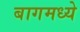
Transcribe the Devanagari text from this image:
बागमध्ये